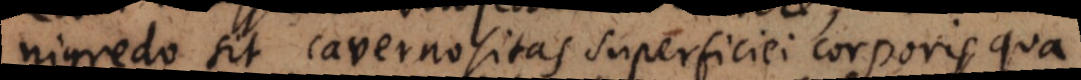
nigredo sit cavernositas superficiei corporis, qua